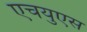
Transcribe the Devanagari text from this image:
एचयुएस